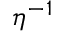
\eta ^ { - 1 }